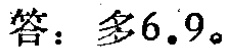
答：多6.9。